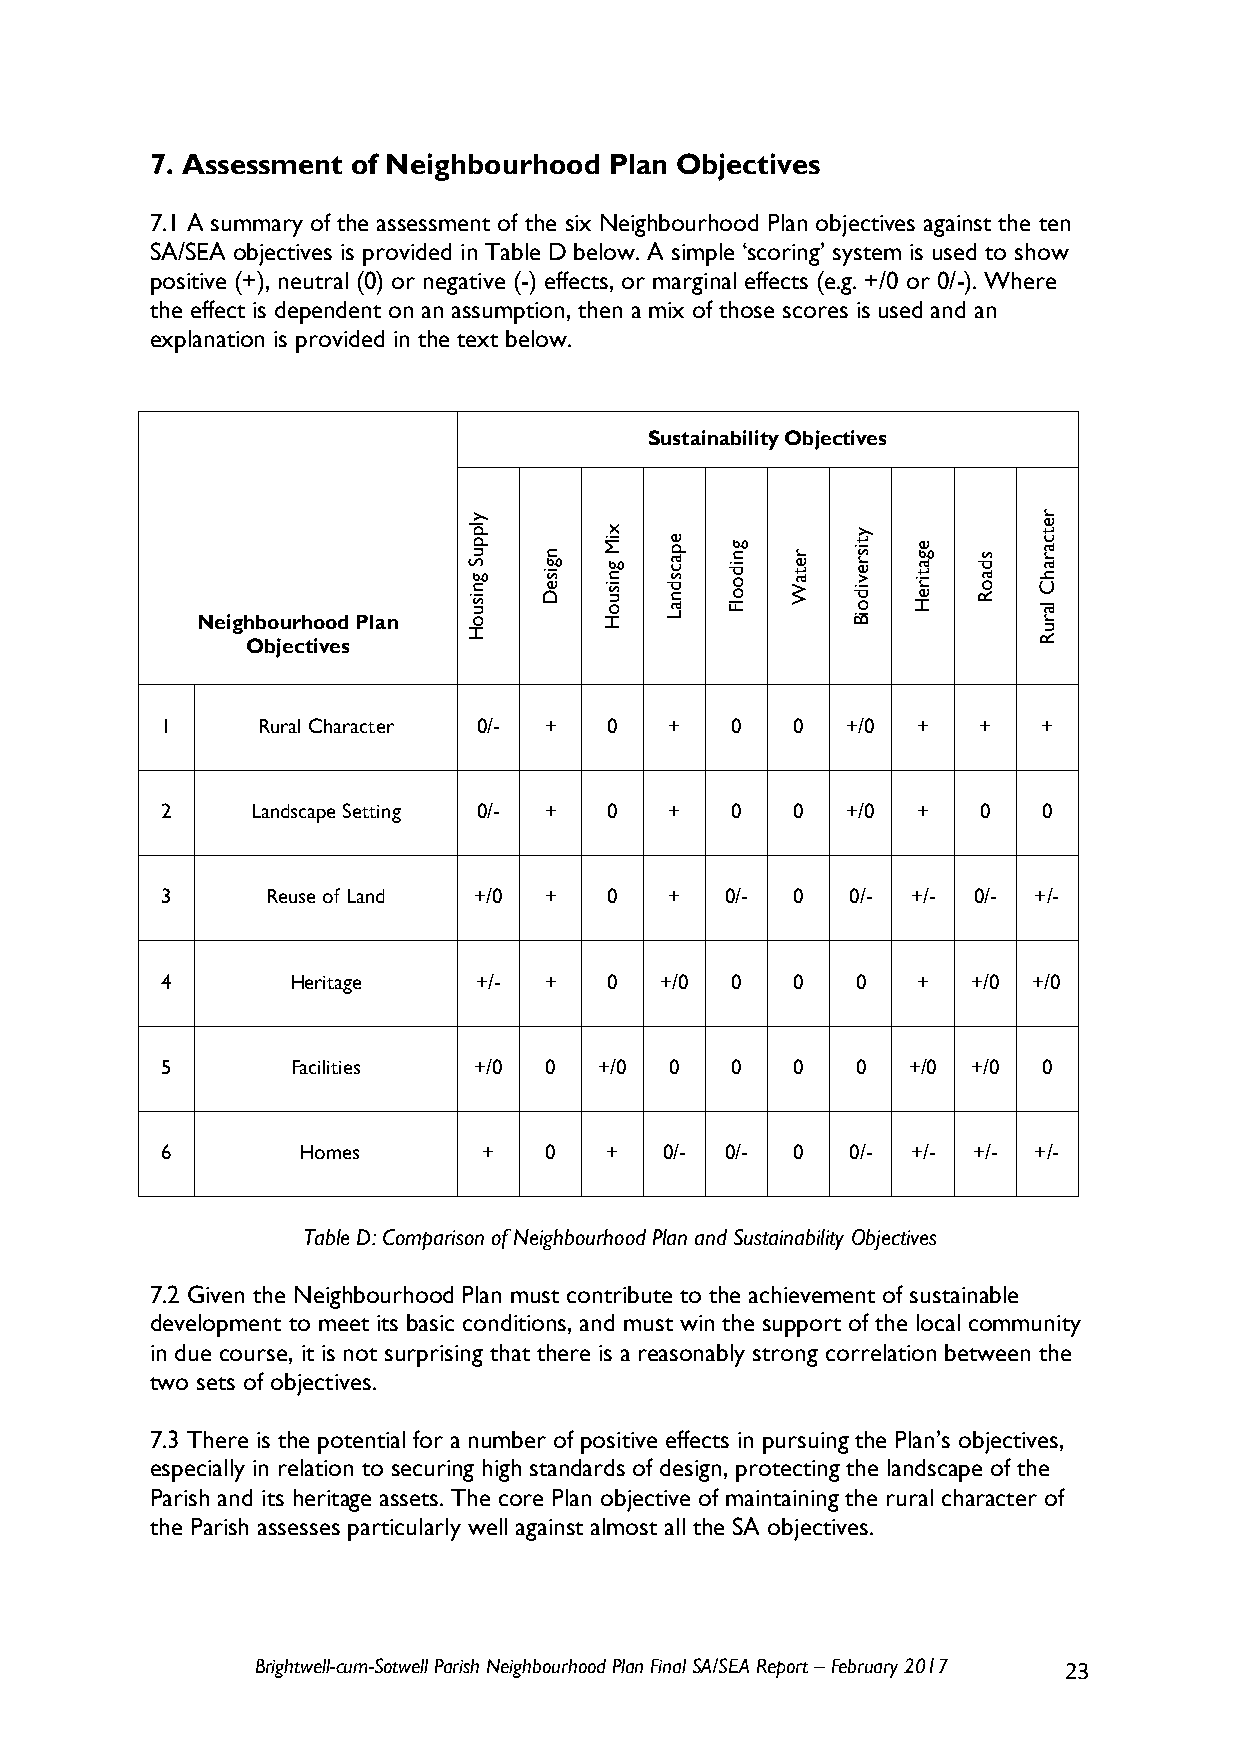
7. Assessment of Neighbourhood Plan Objectives
 7.1 A summary of the assessment of the six Neighbourhood Plan objectives against the ten
 SA/SEA objectives is provided in Table D below. A simple ‘scoring’ system is used to show
 positive (+), neutral (0) or negative (-) effects, or marginal effects (e.g. +/0 or 0/-). Where
 the effect is dependent on an assumption, then a mix of those scores is used and an
 explanation is provided in the text below.
 Sustainability Objectives
 Neighbourhood Plan y lp p u S g n is u o n g is e D x iM g n is u o H e p a c s d n a L g n id o o lF r e t a W y t is r e v id o iB e g a t ir e H s d a o R r e t c a r a h C la r
 Objectives     H                                     u R
 1     Rural Character 0/- +  0   +   0    0  +/0  +   +   +
 2     Landscape Setting 0/- + 0  +   0    0  +/0  +   0   0
 3      Reuse of Land +/0 +   0   +   0/-  0  0/- +/- 0/- +/-
 4       Heritage     +/- +   0   +/0 0    0   0   +  +/0 +/0
 5       Facilities  +/0  0   +/0 0   0    0   0  +/0 +/0  0
 6        Homes       +   0   +   0/- 0/-  0  0/- +/- +/- +/-
 Table D: Comparison of Neighbourhood Plan and Sustainability Objectives
 7.2 Given the Neighbourhood Plan must contribute to the achievement of sustainable
 development to meet its basic conditions, and must win the support of the local community
 in due course, it is not surprising that there is a reasonably strong correlation between the
 two sets of objectives.
 7.3 There is the potential for a number of positive effects in pursuing the Plan’s objectives,
 especially in relation to securing high standards of design, protecting the landscape of the
 Parish and its heritage assets. The core Plan objective of maintaining the rural character of
 the Parish assesses particularly well against almost all the SA objectives.
 Brightwell-cum-Sotwell Parish Neighbourhood Plan Final SA/SEA Report – February 2017 23